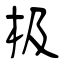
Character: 极